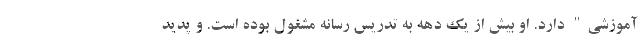
آموزشی" دارد. او بیش از یک دهه به تدریس رسانه مشغول بوده است. و پدید